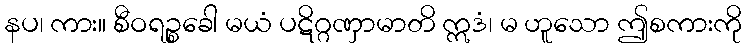
နပ၊ ကား။ စီဝရဉ္စခေါ မယံ ပဋိဂ္ဂဏှာမာတိ ဣဒံ၊ မ ဟူသော ဤစကားကို